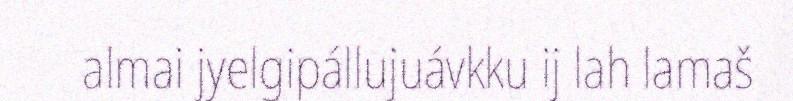
almai jyelgipállujuávkku ij lah lamaš